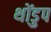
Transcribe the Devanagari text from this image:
थोंडुप